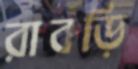
রাবড়ি